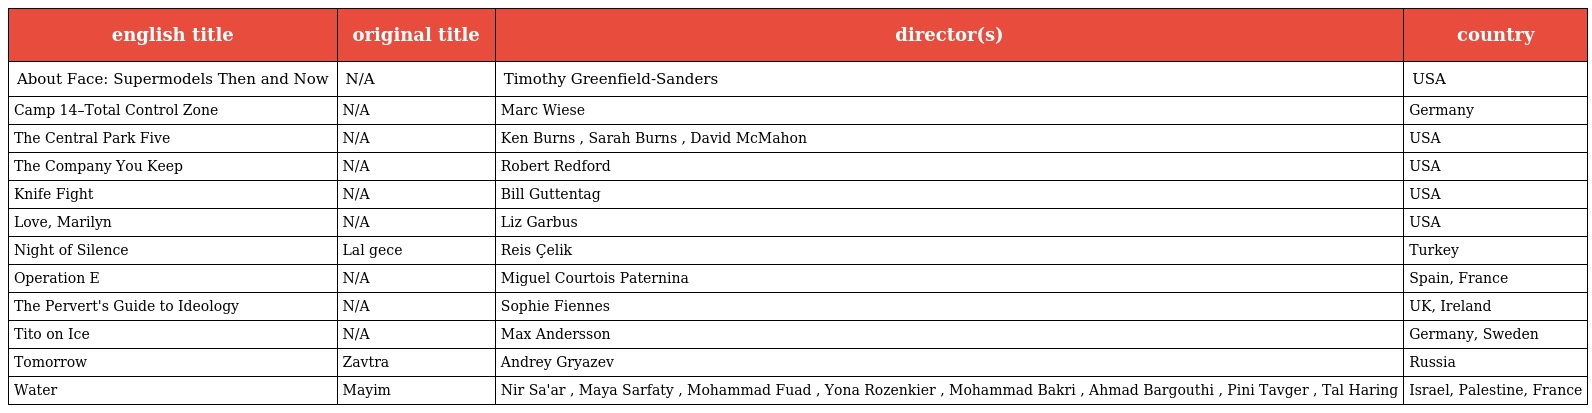
| english title | original title | director(s) | country |
 | --- | --- | --- | --- |
 | About Face: Supermodels Then and Now | N/A | Timothy Greenfield-Sanders | USA |
 | Camp 14–Total Control Zone | N/A | Marc Wiese | Germany |
 | The Central Park Five | N/A | Ken Burns , Sarah Burns , David McMahon | USA |
 | The Company You Keep | N/A | Robert Redford | USA |
 | Knife Fight | N/A | Bill Guttentag | USA |
 | Love, Marilyn | N/A | Liz Garbus | USA |
 | Night of Silence | Lal gece | Reis Çelik | Turkey |
 | Operation E | N/A | Miguel Courtois Paternina | Spain, France |
 | The Pervert's Guide to Ideology | N/A | Sophie Fiennes | UK, Ireland |
 | Tito on Ice | N/A | Max Andersson | Germany, Sweden |
 | Tomorrow | Zavtra | Andrey Gryazev | Russia |
 | Water | Mayim | Nir Sa'ar , Maya Sarfaty , Mohammad Fuad , Yona Rozenkier , Mohammad Bakri , Ahmad Bargouthi , Pini Tavger , Tal Haring | Israel, Palestine, France |